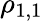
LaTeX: \rho_{1,1}